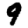
Digit: 9